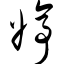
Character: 婷